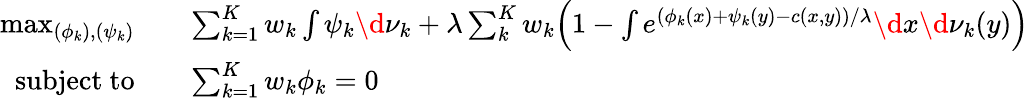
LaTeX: \begin{array}{rl}{\operatorname*{max}_{(\phi_{k}),(\psi_{k})}}&{\quad\sum_{k=1}^{K}w_{k}\int\psi_{k}\d\nu_{k}+\lambda\sum_{k}^{K}w_{k}\Big(1-\int e^{(\phi_{k}(x)+\psi_{k}(y)-c(x,y))/\lambda}\d x\d\nu_{k}(y)\Big)}\\ {\mathrm{subject~to}}&{\quad\sum_{k=1}^{K}w_{k}\phi_{k}=0}\end{array}